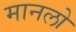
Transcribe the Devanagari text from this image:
मानलो